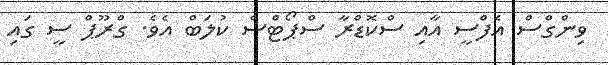
ވިންގްސް އެފްސީ އާއި ސްކޮޑްރާ ސްޕޯޓްސް ކުލަބް އެވެ. ގްރޫޕް ސީ ގައި